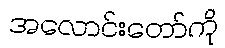
အလောင်းတော်ကို